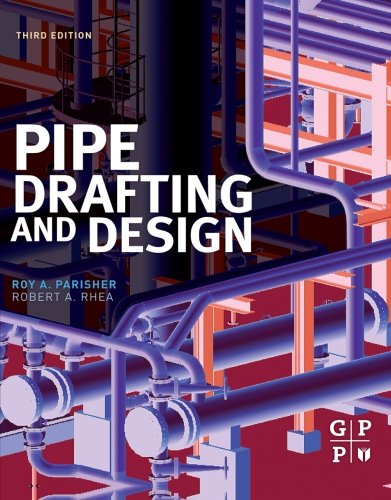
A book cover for Pipe Drafting and Design, Third Edition; Roy A. Parisher; Arts & Photography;